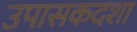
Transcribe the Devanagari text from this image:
उपासकदशा